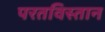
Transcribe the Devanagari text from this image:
परतविस्तान